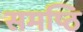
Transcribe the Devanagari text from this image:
समष्ठि